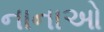
નાનાઓ